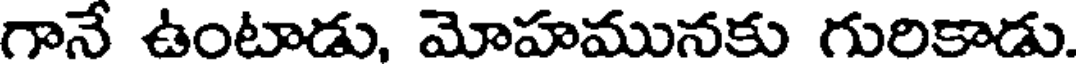
గానే ఉంటాడు, మోహమునకు గురికాడు.